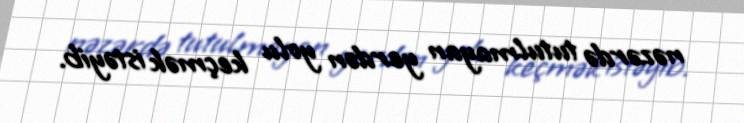
nəzərdə tutulmayan yerdən yolu keçmək istəyib.